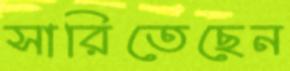
সারিতেছেন